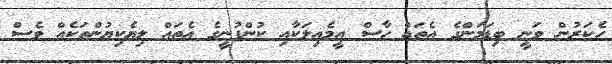
ހެކަރުން ވަނީ ބިޑަމަންގެ އެތައް ހާސް އީމެއިލަކާއި ކުންފުނީގެ އެތައް ލިޔެކިޔުންތަކެއް ވެސް